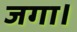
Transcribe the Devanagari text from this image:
जगा।